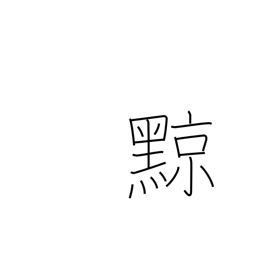
Meaning: tatooing